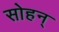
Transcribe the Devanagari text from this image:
सोहन्